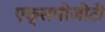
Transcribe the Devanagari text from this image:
एक्सपीजीटी